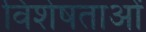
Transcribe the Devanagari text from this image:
विशेषताओें